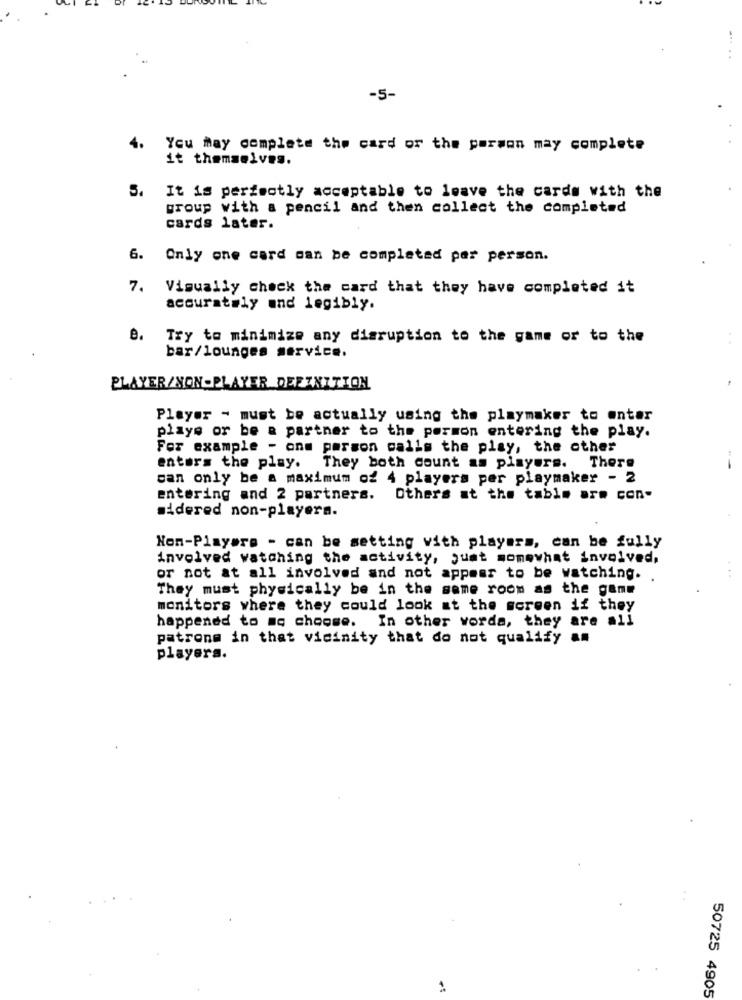
-5-
4.
You may complete the card or the person may complete
it themselves.
5.
It is perfectly acceptable to leave the cards with the
group with a pencil and then collect the completed
cards later.
6.
Only one card can be completed per person.
7.
Visually check the card that they have completed it
accurately and legibly.
8. Try to minimize any disruption to the game or to the
bar/lounges service.
PLAYER/NON-PLAYER DEFINITION
Player - must be actually using the playmaker to enter
playe or be a partner to the pormon entering the play.
For example - one person calls the play, the other
enters the play. They both count as players. There
can only be a maximum of 4 players per playmaker - 2
entering and 2 partners.
Others at the table are con-
sidered non-playern.
Non-Playere - can be setting vith players, can be fully
involved watching the activity, just momowhat involved,
or not at all involved and not appear to be watching.
They must physically be in the same room as the game
monitors where they could look at the screen if they
happened to mo choose. In other words, they are all
patrons in that vicinity that do not qualify am
players.
50725 4905